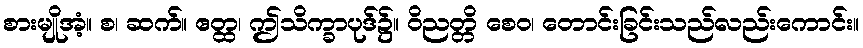
စားမျိုအံ့။ စ၊ ဆက်။ ဧတ္ထ၊ ဤသိက္ခာပုဒ်၌။ ဝိညတ္တိ စေဝ၊ တောင်းခြင်းသည်လည်းကောင်း။